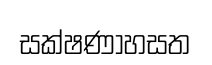
සක්ෂණාහසත